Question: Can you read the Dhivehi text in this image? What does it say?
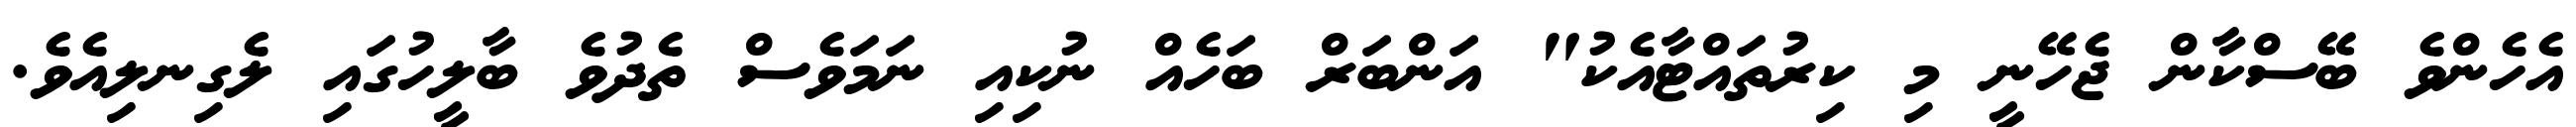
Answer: އެހެންވެ ބޭސްކާން ޖެހޭނީ މި ކިރުތައްޓާއެކު" އަންބަރް ބަހެއް ނުކިއި ނަމަވެސް ތެދުވެ ބާލީހުގައި ލެގިނލިއެވެ.